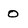
Character: o